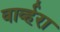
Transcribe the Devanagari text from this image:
वार्व्हरा